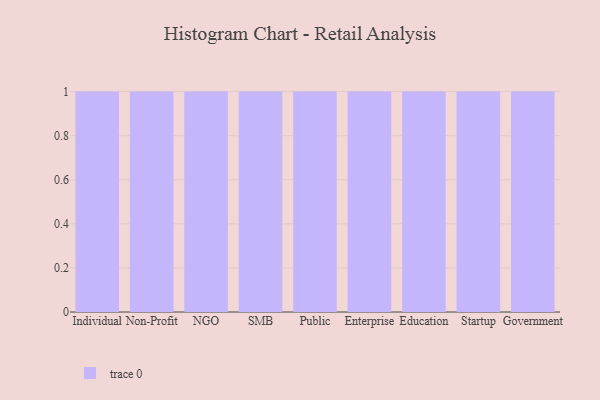
{"axis": {"x": "Segment", "y": "Energy Usage (MWh)"}, "legend": [""], "data": [{"x": "Individual", "y": 83, "type": ""}, {"x": "Non-Profit", "y": 70, "type": ""}, {"x": "NGO", "y": 66, "type": ""}, {"x": "SMB", "y": 52, "type": ""}, {"x": "Public", "y": 45, "type": ""}, {"x": "Enterprise", "y": 94, "type": ""}, {"x": "Education", "y": 19, "type": ""}, {"x": "Startup", "y": 12, "type": ""}, {"x": "Government", "y": 64, "type": ""}]}